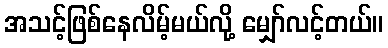
အသင့်ဖြစ်နေလိမ့်မယ်လို့ မျှော်လင့်တယ်။